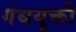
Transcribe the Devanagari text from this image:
गंधयुक्ती